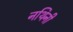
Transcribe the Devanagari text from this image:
नथिनी